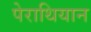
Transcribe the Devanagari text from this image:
पेराथियान